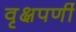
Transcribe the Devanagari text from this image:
वृक्षपर्णी